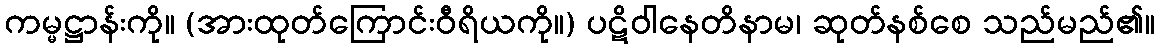
ကမ္မဋ္ဌာန်းကို။ (အားထုတ်ကြောင်းဝီရိယကို။) ပဋိဝါနေတိနာမ၊ ဆုတ်နစ်စေ သည်မည်၏။